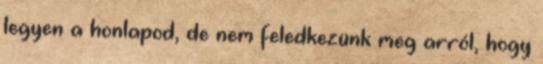
legyen a honlapod, de nem feledkezünk meg arról, hogy